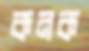
কনক